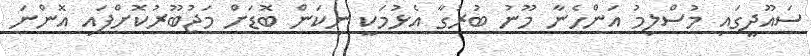
ސައޫދީގައި މުސްލިމު އަންހެނާ މޫނު ބުރުގާ އެޅުމަކީ ނިކަން ބޮޑަށް މަޖުބޫރުކޮށްފައި އޮންނަ